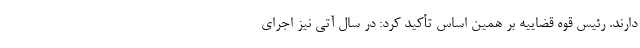
دارند. رئیس قوه قضاییه بر همین اساس تأکید کرد: در سال آتی نیز اجرای